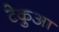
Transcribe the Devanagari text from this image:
टेकुआ